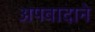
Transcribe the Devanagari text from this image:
अपवादाने